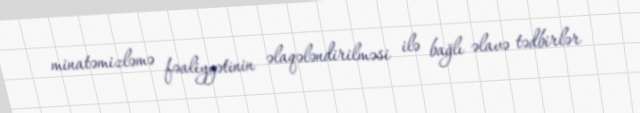
minatəmizləmə fəaliyyətinin əlaqələndirilməsi ilə bağlı əlavə tədbirlər